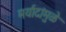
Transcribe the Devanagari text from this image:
मर्यादांमुळे